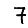
Digit: 7